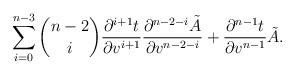
LaTeX: \begin{align*} \sum_{i=0}^{n-3}\binom{n-2}{i}\frac{\partial^{i+1}t}{\partial v^{i+1}}\frac{\partial^{n-2-i}\tilde{A}}{\partial v^{n-2-i}}+\frac{\partial^{n-1}t}{\partial v^{n-1}}\tilde{A}.\end{align*}